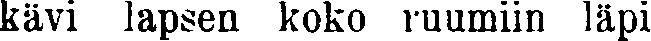
kävi lapsen koko ruumiin läpi